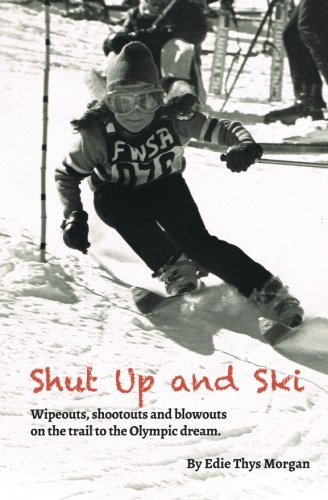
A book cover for Shut Up and Ski: Wipeouts, shootouts and blowouts on the trail to the Olympic dream; Edie Thys Morgan; Sports & Outdoors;